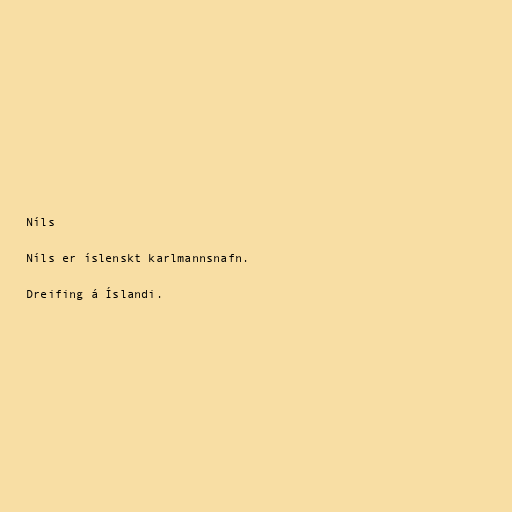
Níls

Níls er íslenskt karlmannsnafn.

Dreifing á Íslandi.